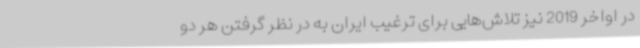
در اواخر 2019 نیز تلاش‌هایی برای ترغیب ایران به در نظر گرفتن هر دو